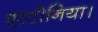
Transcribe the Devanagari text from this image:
एस्टोनिया।